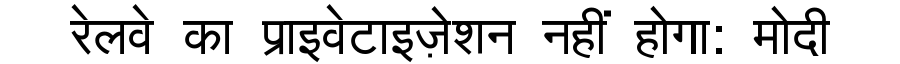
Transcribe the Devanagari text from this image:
रेलवे का प्राइवेटाइज़ेशन नहीं होगा: मोदी